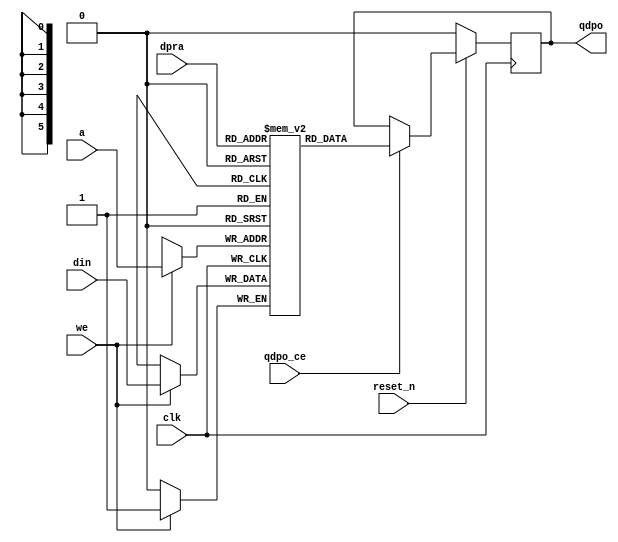
module dram_syn_test(a, dpra, clk, din, we, qdpo_ce, qdpo, reset_n);

	parameter ADDRESSWIDTH = 6;
	parameter BITWIDTH     = 1;
	parameter DEPTH       = 34;

	input clk, we, qdpo_ce;
	input reset_n;
	input [BITWIDTH-1:0] din;
	input [ADDRESSWIDTH-1:0] a, dpra;

	output [BITWIDTH-1:0] qdpo;

	(* ram_style = "distributed", ARRAY_UPDATE="RW"*)
	reg [BITWIDTH-1:0] ram [DEPTH-1:0];
	reg [BITWIDTH-1:0] qdpo_reg;

	always @(posedge clk) begin
		if      (we)           begin    ram [a] <= din;    end

		if      (!reset_n)     begin    qdpo_reg <= {BITWIDTH{1'b0}};  end
		else if (qdpo_ce)      begin    qdpo_reg <= ram[dpra];         end  // read
	end

	assign qdpo = qdpo_reg;

endmodule